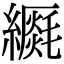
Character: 𦆡